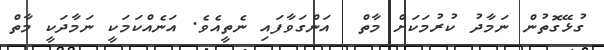
ގުޅޭގޮތުން ނަމާދު ކުރުމަކަށް މާތް  އަންގަވާފައި ނެތީއެވެ. އަނެއްކަމަކީ ނަމާދަކީ މާތް